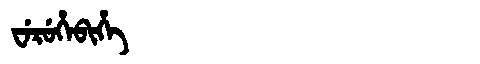
Manchu: ᠸᡝᡵᡠᡥᡝᠪᡳᡥᡝ
Romanization: WERUHEBIHE